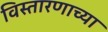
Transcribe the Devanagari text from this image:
विस्तारणाच्या